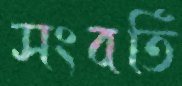
সংবর্তি